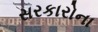
સરકારોના